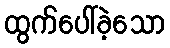
ထွက်ပေါ်ခဲ့သော